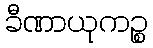
ခီဏာယုကဉ္စ